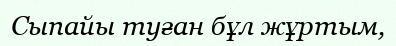
Сыпайы туған бұл жұртым,